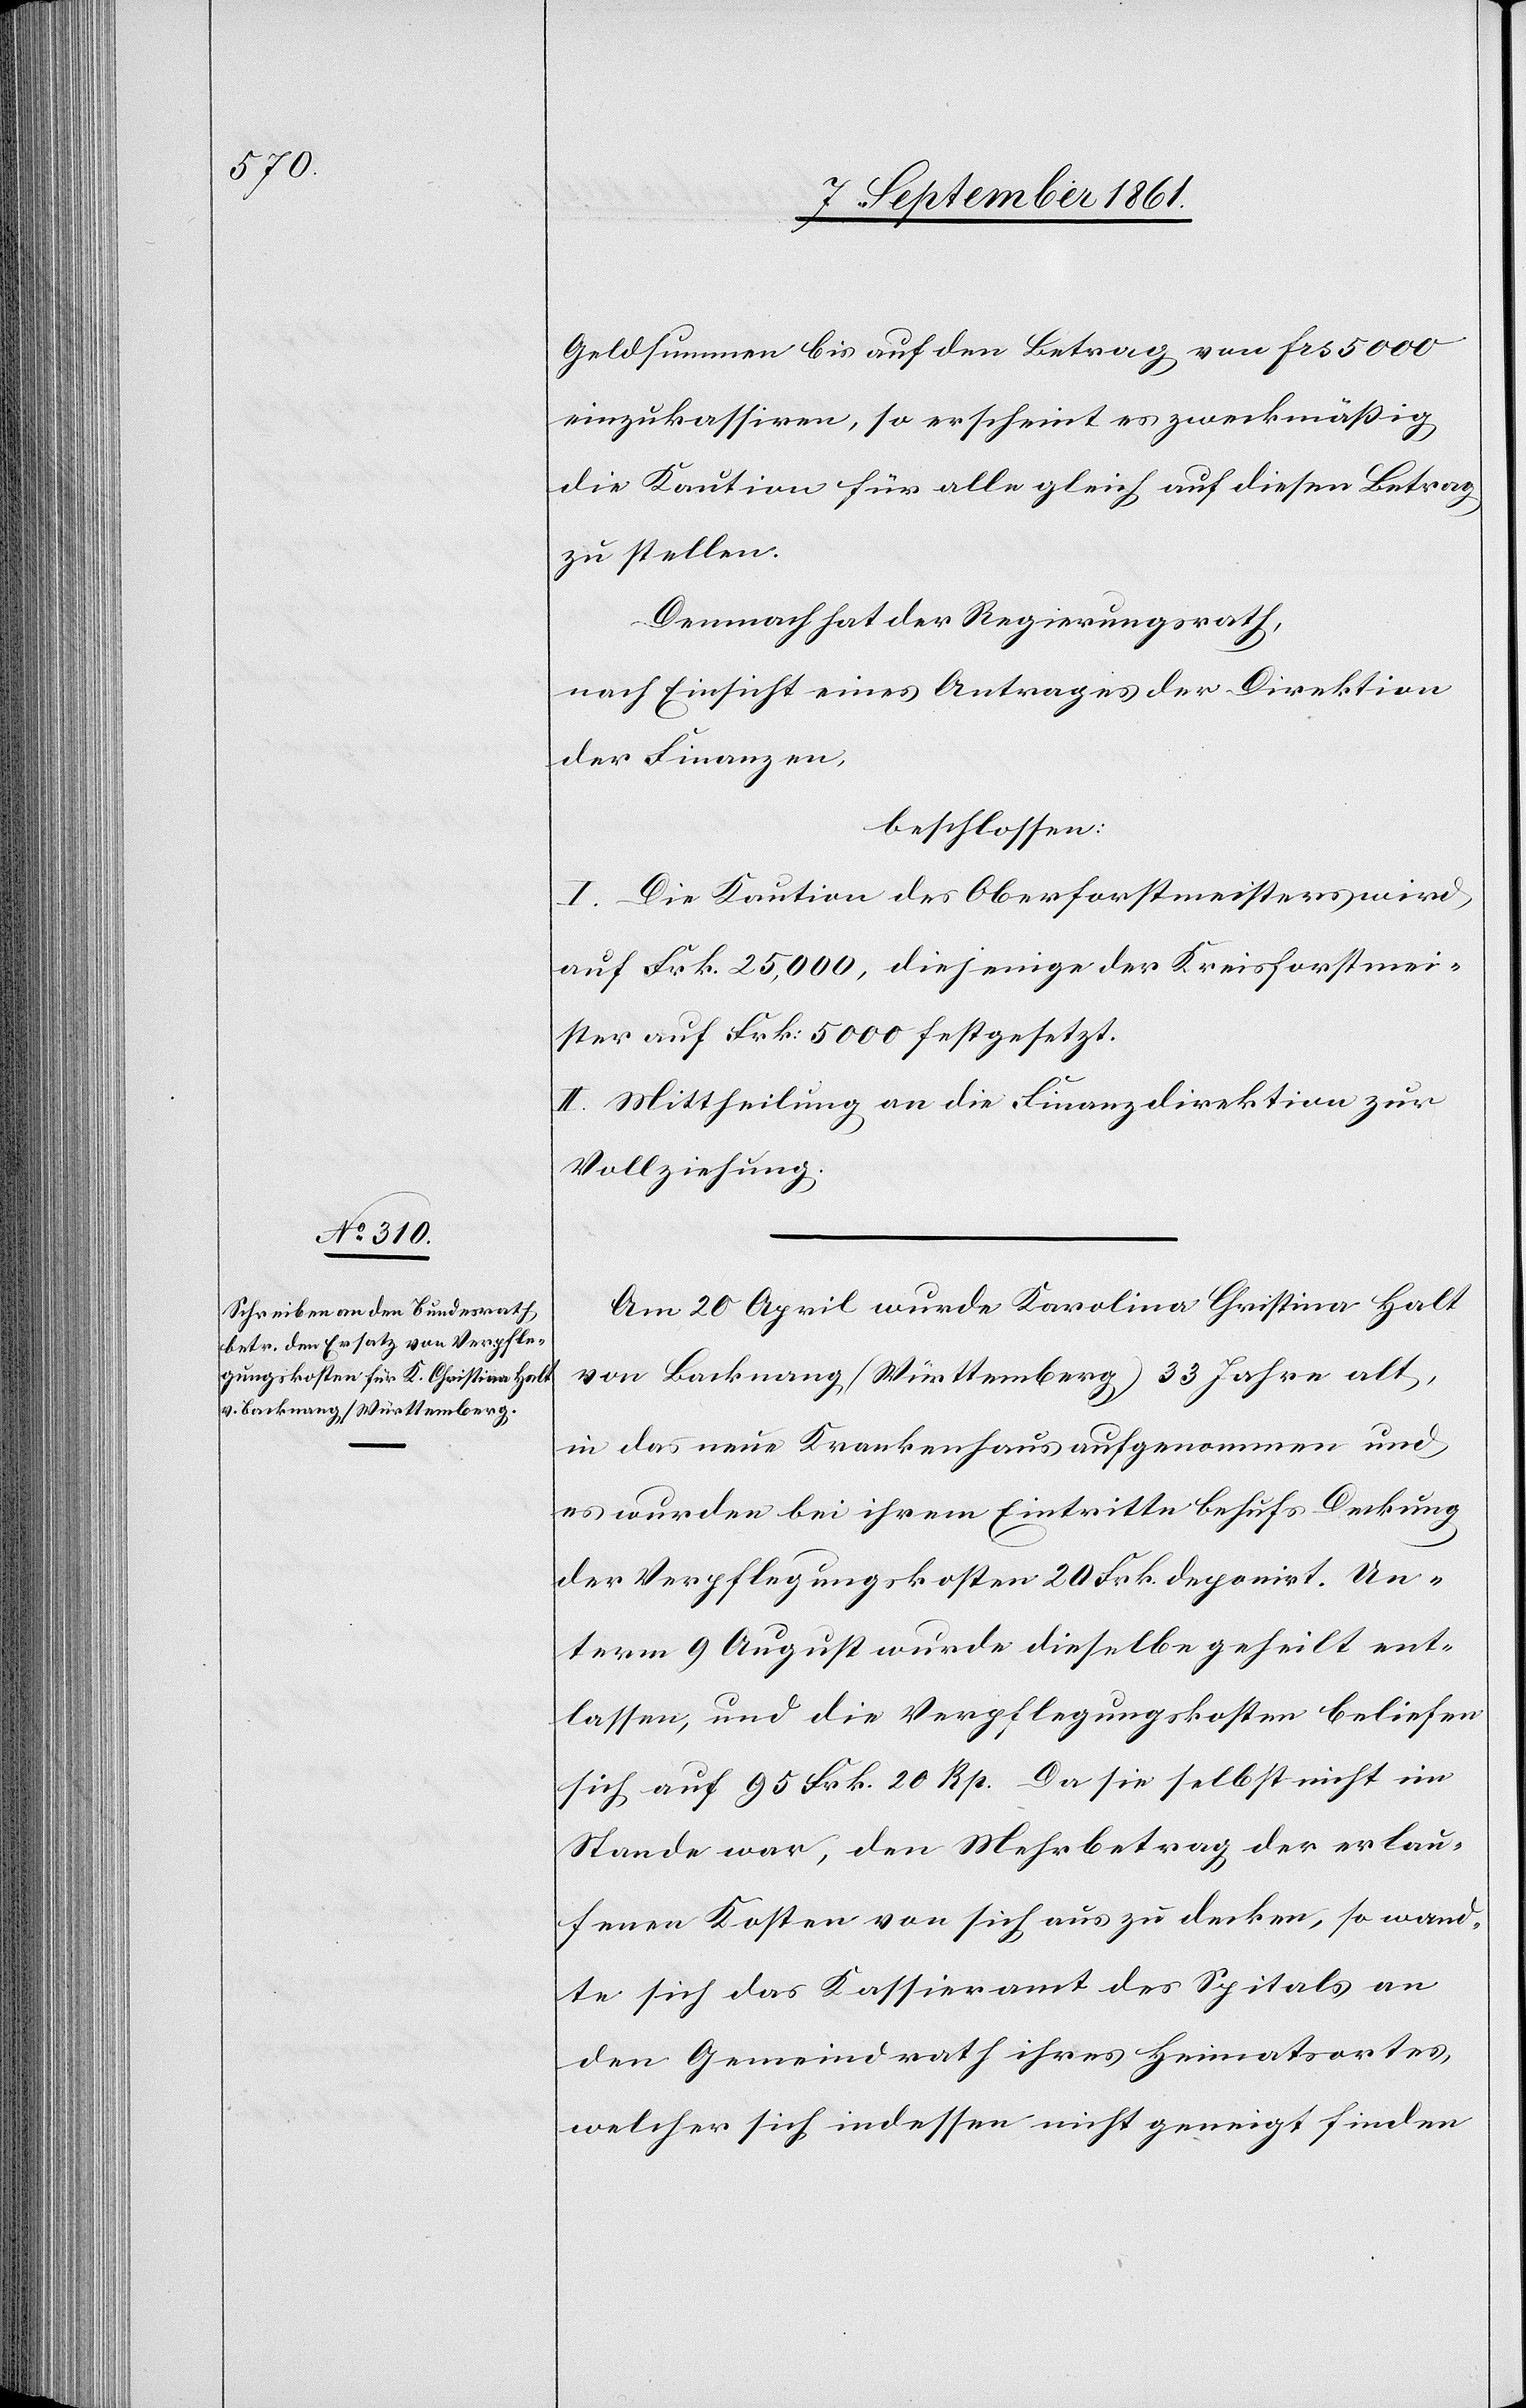
Geldsumme [sic!] bis auf den Betrag von frs 5000
einzukassiren, so erscheint es zweckmäßig
die Kaution für alle gleich auf diesen Betrag
zu stellen.
Demnach hat der Regierungsrath,
nach Einsicht eines Antrages der Direktion
der Finanzen,
beschlossen:
I. Die Kaution des Oberforstmeisters wird
auf Frk. 25,000, diejenige der Kreisforstmei¬
ster auf Frk. 5000 festgesetzt.
II. Mittheilung an die Finanzdirektion zur
Vollziehung.
Am 20 April wurde Karolina Christina Halt
von Backnang (Württemberg) 33 Jahre alt,
in das neue Krankenhaus aufgenommen und
es wurden bei ihrem Eintritte behufs Deckung
der Verpflegungskosten 20 Frk. deponirt. Un¬
term 9 August wurde dieselbe geheilt ent¬
lassen, und die Verpflegungskosten beliefen
sich auf 95 Frk. 20 Rp. Da sie selbst nicht im
Stande war, den Mehrbetrag der erlau¬
fenen Kosten von sich aus zu decken, so wand¬
te sich das Kassieramt des Spitals an
den Gemeindrath ihres Heimatortes,
welcher sich indessen nicht geneigt finden